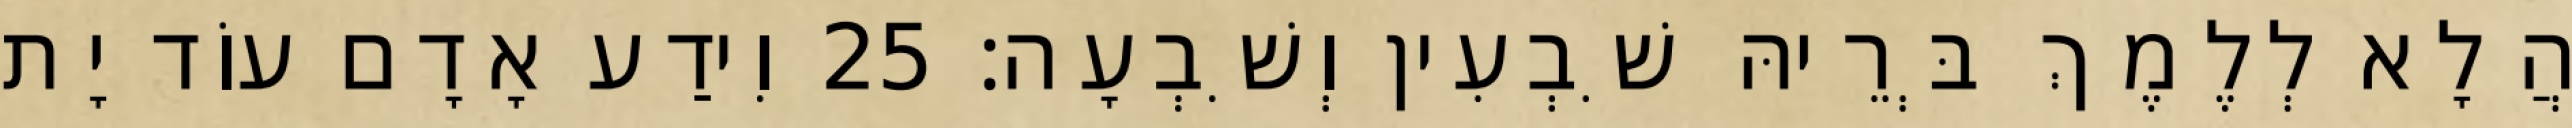
הֲלָא לְלֶמֶךְ בְּרֵיהּ שִׁבְעִין וְשִׁבְעָה׃ 25 וִידַע אָדָם עוֹד יָת